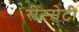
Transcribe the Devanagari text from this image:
रोस्सेटी